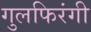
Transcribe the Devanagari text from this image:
गुलफिरंगी